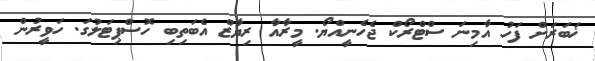
ޚަބަރަށް ފަހު އާމިނަ ސްޓްރޯކް ޖެހެނީއްޔޯ. މީރާއާ ރިޔާޒް އެބަތިބި ހޮސްޕިޓަލުގަ. ހަވީރުން